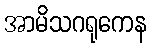
အာမိသဂရုကေန